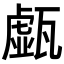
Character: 𤮆